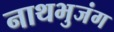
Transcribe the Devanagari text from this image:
नाथभुजंग